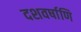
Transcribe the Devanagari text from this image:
दशवर्षाणि